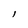
Character: 1